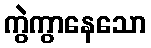
ကွဲကွာနေသော